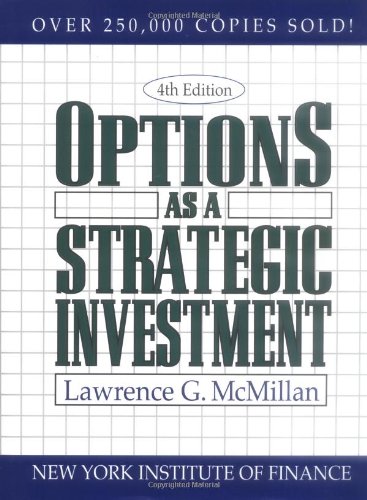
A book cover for Options as a Strategic Investment; Lawrence G. McMillan; Business & Money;